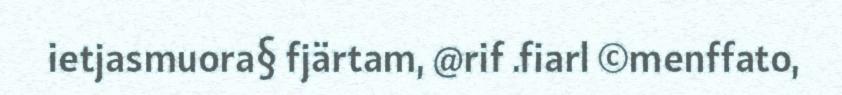
ietjasmuora§ fjärtam, @rif .fiarl ©menffato,